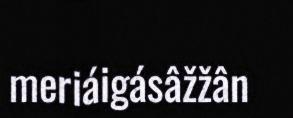
meriáigásâžžân